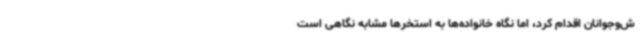
ش‌وجوانان اقدام کرد، اما نگاه خانواده‌ها به استخرها مشابه نگاهی است